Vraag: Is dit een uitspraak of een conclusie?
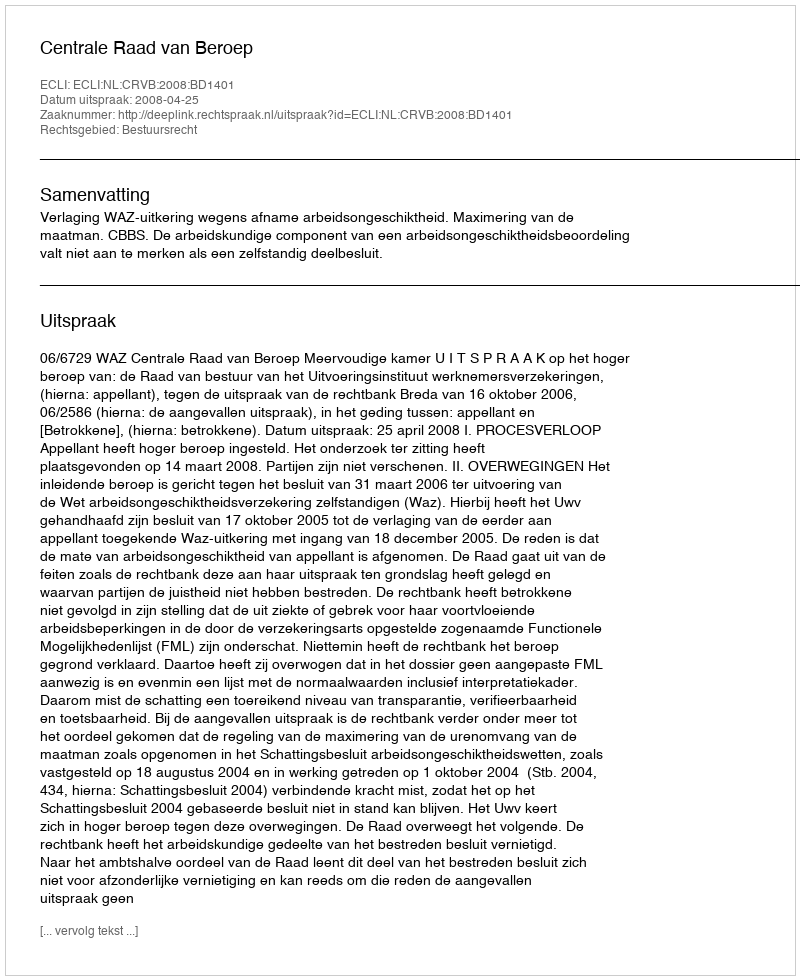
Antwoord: Uitspraak